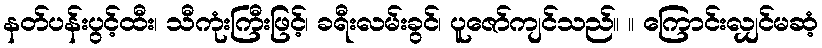
နတ်ပန်းပွင့်ထီး၊ သီကုံးကြီးဖြင့်၊ ခရီးလမ်းခွင်၊ ပူဇော်ကျင်သည်။ ။ ကြောင်းလျှင်မဆံ့